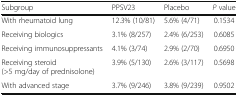
<table><thead><tr><td><b>Subgroup</b></td><td><b>PPSV23</b></td><td><b>Placebo</b></td><td><b><i>P</i> value</b></td></tr></thead><tbody><tr><td>With rheumatoid lung</td><td>12.3% (10/81)</td><td>5.6% (4/71)</td><td>0.1534</td></tr><tr><td>Receiving biologics</td><td>3.1% (8/257)</td><td>2.4% (6/253)</td><td>0.6085</td></tr><tr><td>Receiving immunosuppressants</td><td>4.1% (3/74)</td><td>2.9% (2/70)</td><td>0.6950</td></tr><tr><td>Receiving steroid (&gt;5 mg/day of prednisolone)</td><td>3.9% (5/130)</td><td>2.6% (3/117)</td><td>0.5698</td></tr><tr><td>With advanced stage</td><td>3.7% (9/246)</td><td>3.8% (9/239)</td><td>0.9502</td></tr></tbody></table>